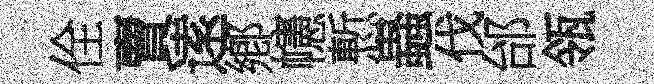
佺賣逺鄕幰慙蟲伐邰瓴